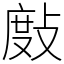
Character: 𢾖